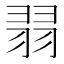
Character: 𦐱